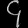
Digit: ၄